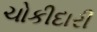
ચોકીદારી